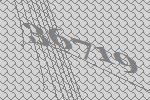
36719